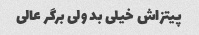
پیتزاش خیلی بد ولی برگر عالی